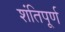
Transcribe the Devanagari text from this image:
शंतिपूर्ण